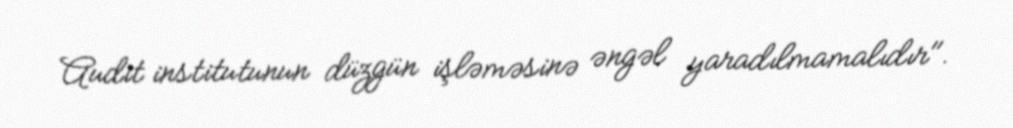
Audit institutunun düzgün işləməsinə əngəl yaradılmamalıdır".